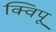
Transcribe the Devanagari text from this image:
क्विपू